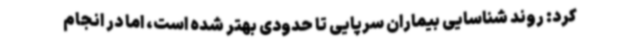
کرد: روند شناسایی بیماران سرپایی تا حدودی بهتر شده است، اما در انجام